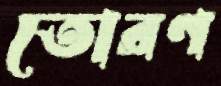
তোরণ